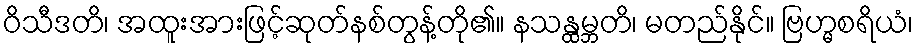
ဝိသီဒတိ၊ အထူးအားဖြင့်ဆုတ်နစ်တွန့်တို၏။ နသန္ထမ္ဘတိ၊ မတည်နိုင်။ ဗြဟ္မစရိယံ၊